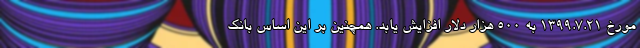
مورخ 1399.7.21 به 500 هزار دلار افزایش یابد. همچنین بر این اساس بانک